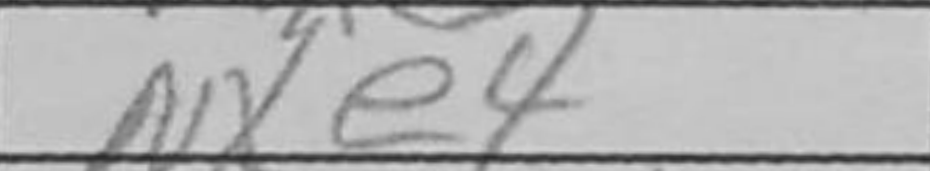
Transcription: Nxe4